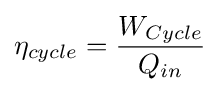
\eta _{cycle}={\frac {W_{Cycle}}{Q_{in}}}